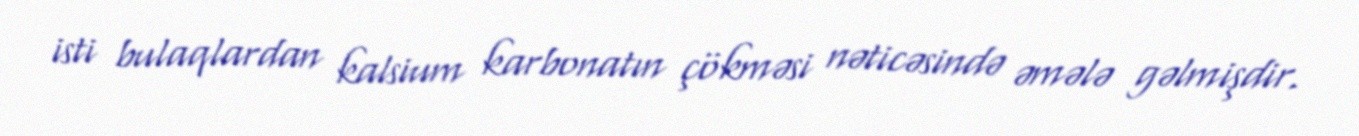
isti bulaqlardan kalsium karbonatın çökməsi nəticəsində əmələ gəlmişdir.